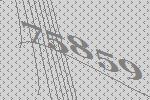
75859